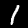
Digit: 1